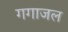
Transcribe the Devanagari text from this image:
गगाजल